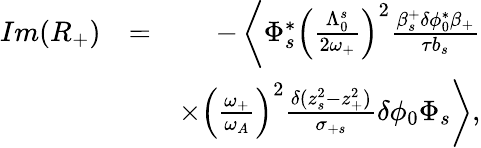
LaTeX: \begin{array}{rlr}{Im(R_{+})}&{=}&{-\left\langle\Phi_{s}^{*}\left(\frac{\Lambda_{0}^{s}}{2\omega_{+}}\right)^{2}\frac{\beta_{s}^{+}\delta\phi_{0}^{*}\beta_{+}}{\tau b_{s}}\right.}\\ &{}&{\left.\times\left(\frac{\omega_{+}}{\omega_{A}}\right)^{2}\frac{\delta(z_{s}^{2}-z_{+}^{2})}{\sigma_{+s}}\delta\phi_{0}\Phi_{s}\right\rangle,}\end{array}